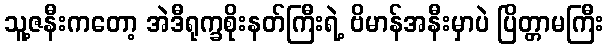
သူ့ဇနီးကတော့ အဲဒီရုက္ခစိုးနတ်ကြီးရဲ့ ဗိမာန်အနီးမှာပဲ ပြိတ္တာမကြီး